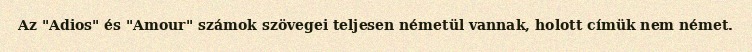
Az "Adios" és "Amour" számok szövegei teljesen németül vannak, holott címük nem német.